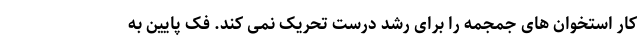
کار استخوان های جمجمه را برای رشد درست تحریک نمی کند. فک پایین به